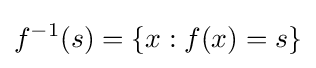
f^{-1}(s)=\{x:f(x)=s\}